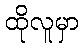
ထိုလူမှာ